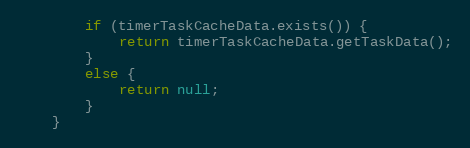
Language: Java
		if (timerTaskCacheData.exists()) {
			return timerTaskCacheData.getTaskData();
		}
		else {
			return null;
		}
	}